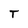
Character: T